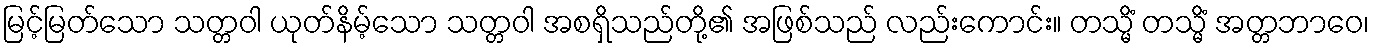
မြင့်မြတ်သော သတ္တဝါ ယုတ်နိမ့်သော သတ္တဝါ အစရှိသည်တို့၏ အဖြစ်သည် လည်းကောင်း။ တသ္မိံ တသ္မိံ အတ္တဘာဝေ၊